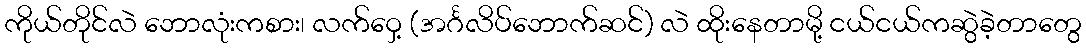
ကိုယ်တိုင်လဲ ဘောလုံးကစား၊ လက်ဝှေ့ (အင်္ဂလိပ်ဘောက်ဆင်) လဲ ထိုးနေတာမို့ ငယ်ငယ်ကဆွဲခဲ့တာတွေ